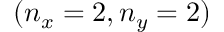
( n _ { x } = 2 , n _ { y } = 2 )